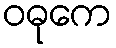
ဝဓုကေ